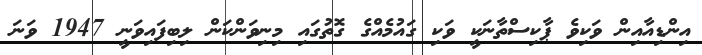
އިންޑިއާއިން ވަކިވެ ޕާކިސްތާނަކީ ވަކި ގައުމެއްގެ ގޮތުގައި މިނިވަންކަން ލިބިފައިވަނީ 1947 ވަނަ